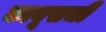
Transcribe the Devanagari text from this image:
काबूसची